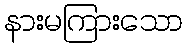
နားမကြားသော